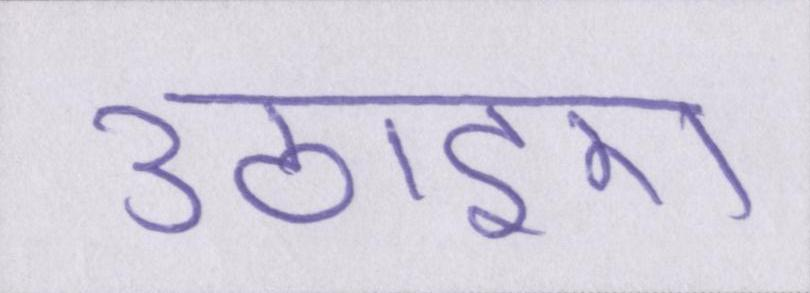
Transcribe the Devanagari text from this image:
उठाइए